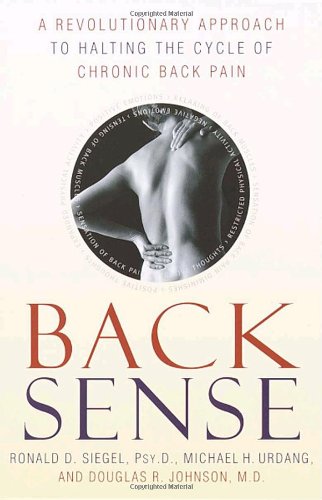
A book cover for Back Sense: A Revolutionary Approach to Halting the Cycle of Chronic Back Pain; Dr. Ronald D. Siegel; Health, Fitness & Dieting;